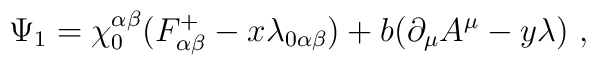
\Psi _1=\chi _0^{\alpha \beta }(F^+_{\alpha\beta }-x\lambda _{0\alpha \beta })+b(\partial _\mu A^\mu-y\lambda )\ ,